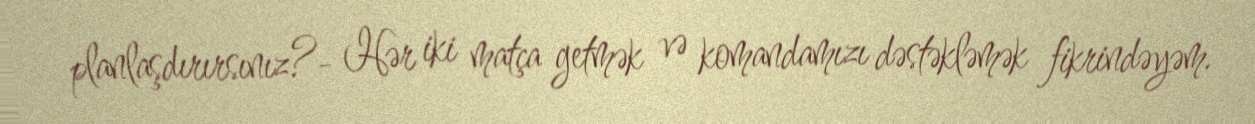
planlaşdırırsınız?- Hər iki matça getmək və komandamızı dəstəkləmək fikrindəyəm.